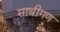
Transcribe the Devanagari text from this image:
साथीगण